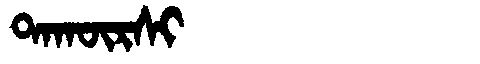
Manchu: ᡨᠠᡴᡡᡵᠰᡳ
Romanization: TAKŪRSI